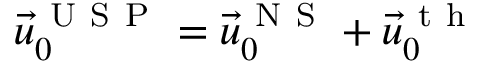
\vec { u } _ { 0 } ^ { \mathrm { ~ U ~ S ~ P ~ } } = \vec { u } _ { 0 } ^ { \mathrm { ~ N ~ S ~ } } + \vec { u } _ { 0 } ^ { \mathrm { ~ t ~ h ~ } }